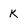
Character: K